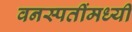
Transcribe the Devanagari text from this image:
वनस्पतींमध्यी